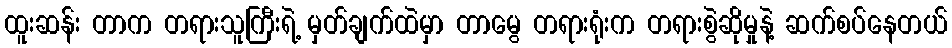
ထူးဆန်း တာက တရားသူကြီးရဲ့ မှတ်ချက်ထဲမှာ တာမွေ တရားရုံးက တရားစွဲဆိုမှုနဲ့ ဆက်စပ်နေတယ်